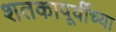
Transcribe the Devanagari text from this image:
शतकापूर्वीच्या